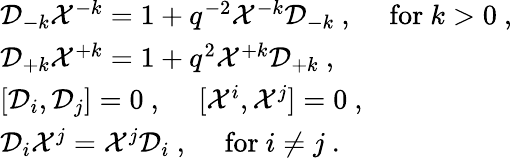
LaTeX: \begin{array}{l}{{{\cal D}_{-k}{\cal X}^{-k}=1+q^{-2}{\cal X}^{-k}{\cal D}_{-k}~,~~~~~\mathrm{for}~k>0~,}}\\ {{{\cal D}_{+k}{\cal X}^{+k}=1+q^{2}{\cal X}^{+k}{\cal D}_{+k}~,}}\\ {{[{\cal D}_{i},{\cal D}_{j}]=0~,~~~~~[{\cal X}^{i},{\cal X}^{j}]=0~,}}\\ {{{\cal D}_{i}{\cal X}^{j}={\cal X}^{j}{\cal D}_{i}~,~~~~~\mathrm{for}~i\not=j~.}}\end{array}